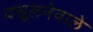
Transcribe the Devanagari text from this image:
वसूलनेवाले